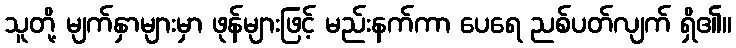
သူတို့ မျက်နှာများမှာ ဖုန်များဖြင့် မည်းနက်ကာ ပေရေ ညစ်ပတ်လျက် ရှိ၏။